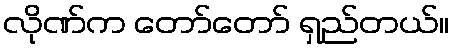
လိုဏ်က တော်တော် ရှည်တယ်။